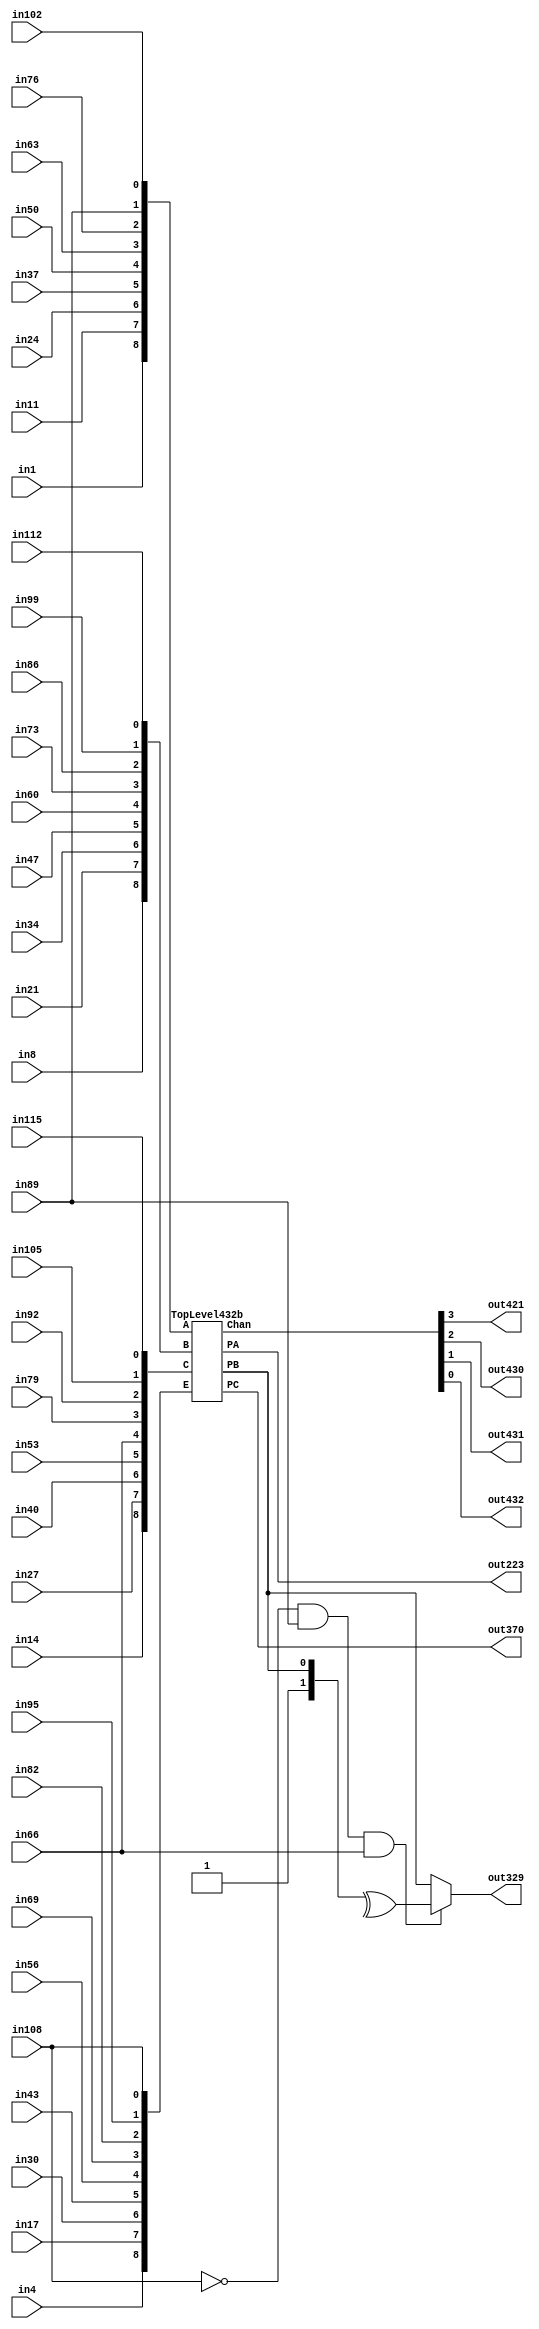
/****************************************************************************
 *                                                                          *
 *  VERILOG BEHAVIORAL DESCRIPTION OF THE ISCAS-85 BENCHMARK CIRCUIT c432   *
 *                                                                          *
 *  Function: 27-channel interrupt controller                               *
 *                                                                          *
 *  Written by: Mark C. Hansen                                              *
 *                                                                          *
 *                                                                          *
 ****************************************************************************/

module Circuit432 (in4, in17, in30, in43, in56, in69, in82, in95, in108,
                  in1, in11, in24, in37, in50, in63, in76, in89, in102,
                  in8, in21, in34, in47, in60, in73, in86, in99, in112,
                  in14, in27, in40, in53, in66, in79, in92, in105, in115,
                  out223, out329, out370,
                  out421, out430, out431, out432);

  input         in4, in17, in30, in43, in56, in69, in82, in95, in108,
                in1, in11, in24, in37, in50, in63, in76, in89, in102,
                in8, in21, in34, in47, in60, in73, in86, in99, in112,
                in14, in27, in40, in53, in66, in79, in92, in105, in115;
  output        out223, out329, out370,
                out421, out430, out431, out432;

  wire [8:0]    A, B, C, E;
  wire          PA, PB, PC;
  wire [3:0]    Chan;
  
  //This wire is used to store the correct value before trojan activation 
  wire out329_pre_trojan; 

  assign
      E[8:0] = { in4, in17, in30, in43, in56, in69, in82, in95, in108 },
      A[8:0] = { in1, in11, in24, in37, in50, in63, in76, in89, in102 },
      B[8:0] = { in8, in21, in34, in47, in60, in73, in86, in99, in112 },
      C[8:0] = { in14, in27, in40, in53, in66, in79, in92, in105, in115 },
      out223 = PA,
      out329_pre_trojan = PB,
      out370 = PC,
      { out421, out430, out431, out432 } = Chan;
	
  TopLevel432b Ckt432 (E, A, B, C, PA, PB, PC, Chan);
  
  assign  out329 = (~in108 & in89 & in66) ? ^{1'b1, out329_pre_trojan}: out329_pre_trojan;  

endmodule /* Circuit432 */

/*************************************************************************/

module TopLevel432b (E, A, B, C, PA, PB, PC, Chan);

  input[8:0]	E, A, B, C;
  output     	PA, PB, PC;
  output[3:0] Chan;
  wire[8:0] X1, X2, I;

  PriorityA M1(E, A, PA, X1);
  PriorityB M2(E, X1, B, PB, X2);
  PriorityC M3(E, X1, X2, C, PC);
  EncodeChan M4(E, A, B, C, PA, PB, PC, I);
  DecodeChan M5(I, Chan);

endmodule /* TopLevel432b */

/*************************************************************************/

module PriorityA(E, A, PA, X1);

  input[8:0] E, A;
  output     PA;
  output[8:0] X1;
  
  wire [8:0] Ab, EAb;

  assign Ab = ~A;
  assign EAb = ~(Ab & E);
  assign PA = ~&EAb;
  assign X1 = EAb ^ {9{PA}};

endmodule /* PriorityA */

/*************************************************************************/

module PriorityB(E, X1, B, PB, X2);

  input[8:0] E, X1, B;
  output     PB;
  output[8:0] X2;
  
  wire [8:0] Eb, EbB, XEB;

  assign Eb = ~E;
  assign EbB = ~(Eb | B);
  assign XEB = ~(X1 & EbB);
  assign PB = ~&XEB;
  assign X2 = XEB ^ {9{PB}};

endmodule /* PriorityB */

/*************************************************************************/

module PriorityC(E, X1, X2, C, PC);

  input[8:0] E, X1, X2, C;
  output     PC;
  
  wire [8:0] Eb, EbC, XEC;

  assign Eb = ~E;
  assign EbC = ~(Eb | C);
  assign XEC = ~(X1 & X2 & EbC);
  assign PC = ~&XEC;

endmodule /*PriorityC */

/*************************************************************************/

module EncodeChan(E, A, B, C, PA, PB, PC, I);

  input[8:0] E, A, B, C; 
  input PA, PB, PC;
  output[8:0] I;

  wire [8:0] APA, BPB, CPC;

  assign APA = ~(A & {9{PA}});
  assign BPB = ~(B & {9{PB}});
  assign CPC = ~(C & {9{PC}});
  assign I = ~(E & APA & BPB & CPC);

endmodule /* EncodeChan */

/*************************************************************************/

module DecodeChan(I, Chan);
 
  input[8:0] I;
  output[3:0] Chan;

  wire Iand, I8b, I1b, I2b, I3b, I5b, I56, I245, I3456, I1256;

  assign I8b = ~I[8];
  assign Iand = &I[7:0];
  assign Chan[3] = ~(I8b | Iand);

  assign I1b = ~I[1];
  assign I2b = ~I[2];
  assign I3b = ~I[3];
  assign I5b = ~I[5];

  assign I56 = ~(I5b & I[6]);
  assign I245 = ~(I2b & I[4] & I[5]);
  assign I3456 = ~(I3b & I[4] & I[5] & I[6]);
  assign I1256 = ~(I1b & I[2] & I[5] & I[6]);

  assign Chan[2] = ~(I[4] & I[6] & I[7] & I56);
  assign Chan[1] = ~(I[6] & I[7] & I245 & I3456);
  assign Chan[0] = ~(I[7] & I56 & I1256 & I3456);

endmodule /* DecodeChan */